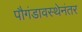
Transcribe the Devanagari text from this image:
पौगंडावस्थेनंतर